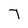
Character: 7